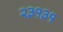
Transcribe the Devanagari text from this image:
२३१३१